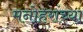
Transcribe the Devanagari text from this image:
मनोहरांच्या